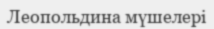
Леопольдина мүшелері